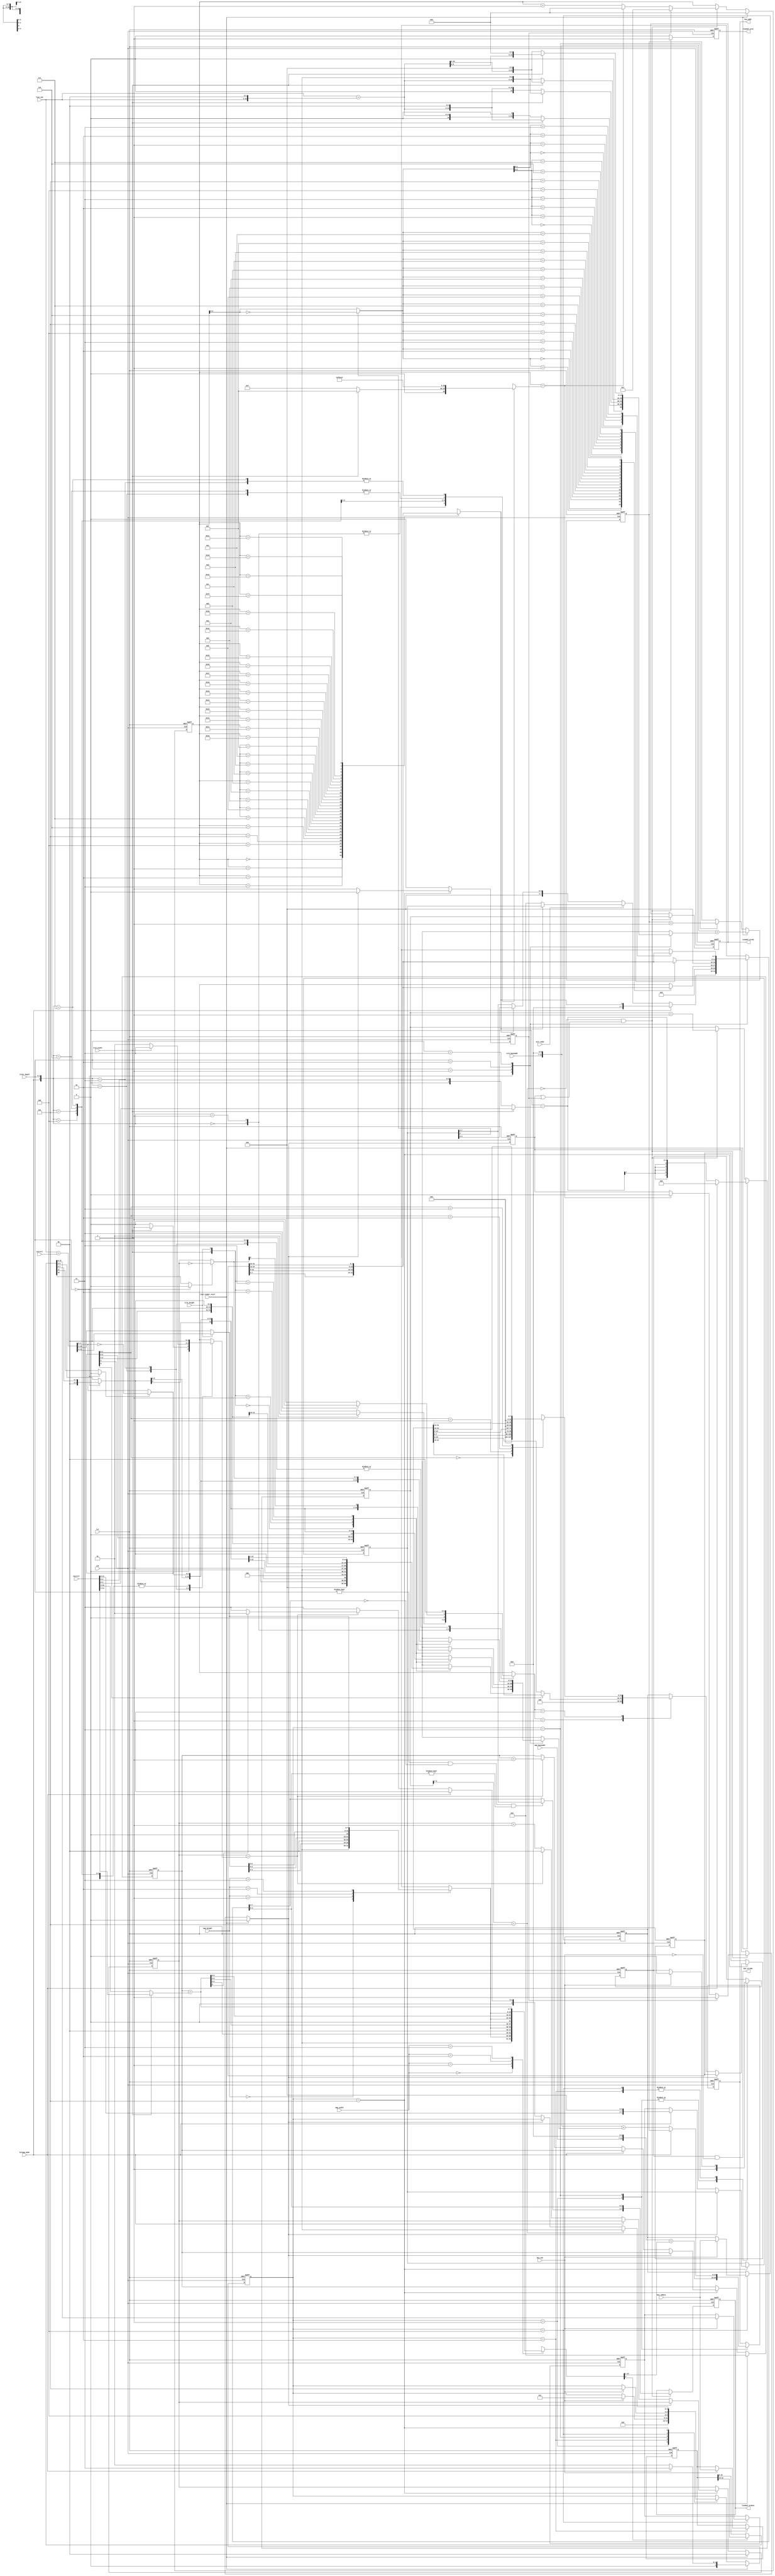
//`default_nettype none

module layer_renderer(
    input  wire        rst,
    input  wire        clk,

    // Composer interface
    input  wire  [8:0] line_idx,
    input  wire        line_render_start,

    // Register interface
    input  wire  [1:0] color_depth,
    input  wire        bitmap_mode,
    input  wire        attr_mode,       // 0:4-bit BG/FG color, 1:8-bit FG color
    input  wire        tile_height,
    input  wire        tile_width,
    input  wire  [1:0] map_height,
    input  wire  [1:0] map_width,
    input  wire  [7:0] map_baseaddr,
    input  wire  [7:0] tile_baseaddr,
    input  wire [11:0] hscroll,
    input  wire [11:0] vscroll,

    // Bus master interface
    output reg  [14:0] bus_addr,
    input  wire [31:0] bus_rddata,
    output wire        bus_strobe,
    input  wire        bus_ack,

    // Line buffer interface
    output reg   [9:0] linebuf_wridx,
    output reg   [7:0] linebuf_wrdata,
    output reg         linebuf_wren);

    //////////////////////////////////////////////////////////////////////////
    // Line renderer
    //////////////////////////////////////////////////////////////////////////

    wire [2:0] mode = {bitmap_mode, color_depth};

    // Decode pixels per word - 1 from mode
    reg [4:0] pixels_per_word_minus1;
    always @* case (mode)
        3'd0: pixels_per_word_minus1 = tile_width ? 5'd15 : 5'd7;  // 1bpp tile mode
        3'd1: pixels_per_word_minus1 = tile_width ? 5'd15 : 5'd7;  // 2bpp tile mode
        3'd2: pixels_per_word_minus1 = 5'd7;                       // 4bpp tile mode
        3'd3: pixels_per_word_minus1 = 5'd3;                       // 8bpp tile mode
        3'd4: pixels_per_word_minus1 = 5'd31;                      // 1bpp bitmap mode
        3'd5: pixels_per_word_minus1 = 5'd15;                      // 2bpp bitmap mode
        3'd6: pixels_per_word_minus1 = 5'd7;                       // 4bpp bitmap mode
        3'd7: pixels_per_word_minus1 = 5'd3;                       // 8bpp bitmap mode
    endcase

    // Decode lines per word - 1 from mode
    reg [1:0] lines_per_word_minus1;
    always @* case (mode)
        3'd0: lines_per_word_minus1 = tile_width ? 2'd1 : 2'd3;    // 1bpp tile mode
        3'd1: lines_per_word_minus1 = tile_width ? 2'd0 : 2'd1;    // 2bpp tile mode
        3'd2: lines_per_word_minus1 = 2'd0;                        // 4bpp tile mode
        3'd3: lines_per_word_minus1 = 2'd0;                        // 8bpp tile mode
        3'd4: lines_per_word_minus1 = 2'd0;                        // 1bpp bitmap mode
        3'd5: lines_per_word_minus1 = 2'd0;                        // 2bpp bitmap mode
        3'd6: lines_per_word_minus1 = 2'd0;                        // 4bpp bitmap mode
        3'd7: lines_per_word_minus1 = 2'd0;                        // 8bpp bitmap mode
    endcase

    // Decode words per tile line - 1 from mode
    reg [1:0] words_per_line_minus1;
    always @* case (mode)
        3'd0: words_per_line_minus1 = 2'd0;                        // 1bpp tile mode
        3'd1: words_per_line_minus1 = 2'd0;                        // 2bpp tile mode
        3'd2: words_per_line_minus1 = tile_width ? 2'd1: 2'd0;     // 4bpp tile mode
        3'd3: words_per_line_minus1 = tile_width ? 2'd3: 2'd1;     // 8bpp tile mode
        3'd4: words_per_line_minus1 = 2'd0;                        // 1bpp bitmap mode
        3'd5: words_per_line_minus1 = 2'd0;                        // 2bpp bitmap mode
        3'd6: words_per_line_minus1 = 2'd0;                        // 4bpp bitmap mode
        3'd7: words_per_line_minus1 = 2'd0;                        // 8bpp bitmap mode
    endcase

    // Handle vertical scrolling
    wire [11:0] scrolled_line_idx = {3'b000, line_idx} + vscroll;
    wire [7:0] vmap_idx = tile_height ? {scrolled_line_idx[11:4]} : scrolled_line_idx[10:3];

    reg [7:0] wrapped_vmap_idx;
    always @* case (map_height)
        2'd0: wrapped_vmap_idx = {3'b0, vmap_idx[4:0]}; // 32
        2'd1: wrapped_vmap_idx = {2'b0, vmap_idx[5:0]}; // 64
        2'd2: wrapped_vmap_idx = {1'b0, vmap_idx[6:0]}; // 128
        2'd3: wrapped_vmap_idx = {      vmap_idx[7:0]}; // 256
    endcase

    // Handle horizontal scrolling
    reg [7:0] htile_cnt_r;
    reg [1:0] word_cnt_r;

    wire [7:0] scrolled_htile_cnt = htile_cnt_r + (tile_width ? hscroll[11:4] : {hscroll[10:3]});

    reg [15:0] map_idx;
    always @* case (map_width)
        2'd0: map_idx = {3'b0, wrapped_vmap_idx, scrolled_htile_cnt[4:0]}; // 32
        2'd1: map_idx = {2'b0, wrapped_vmap_idx, scrolled_htile_cnt[5:0]}; // 64
        2'd2: map_idx = {1'b0, wrapped_vmap_idx, scrolled_htile_cnt[6:0]}; // 128
        2'd3: map_idx = {      wrapped_vmap_idx, scrolled_htile_cnt[7:0]}; // 256
    endcase

    // Calculate map address
    wire [14:0] map_addr = {map_baseaddr, 7'b0} + map_idx[15:1];

    // Data as fetched from memory
    reg  [31:0] map_data_r;

    // Select correct 16-bit map data from 32-bit bus data
    wire [15:0] cur_map_data = map_idx[0] ? map_data_r[31:16] : map_data_r[15:0];

    // Get tile index from map data (1bpp tile modes only have 8-bit tile index, other tile modes have 10-bit tile index)
    wire  [9:0] cur_tile_idx = (color_depth == 'd0) ? {2'b0, cur_map_data[7:0]} : cur_map_data[9:0];

    // Get V-flip / H-flip from map data
    wire        cur_tile_vflip = (color_depth == 'd0) ? 1'b0 : cur_map_data[11];
    wire        cur_tile_hflip = (color_depth == 'd0) ? 1'b0 : cur_map_data[10];

    // Handle V-flip / H-flip
    wire  [3:0] vflipped_line_idx = cur_tile_vflip ? ~scrolled_line_idx[3:0] : scrolled_line_idx[3:0];
    wire  [1:0] hflipped_word_cnt = cur_tile_hflip ? ~word_cnt_r : word_cnt_r;

    // Calculate tile address 1bpp
    wire [14:0] tile_addr_1bpp_8x8    = {4'b0, cur_tile_idx, vflipped_line_idx[2]};
    wire [14:0] tile_addr_1bpp_8x16   = {3'b0, cur_tile_idx, vflipped_line_idx[3:2]};
    wire [14:0] tile_addr_1bpp_16x8   = {3'b0, cur_tile_idx, vflipped_line_idx[2:1]};
    wire [14:0] tile_addr_1bpp_16x16  = {2'b0, cur_tile_idx, vflipped_line_idx[3:1]};
    reg [14:0] tile_addr_1bpp;
    always @* case ({tile_width, tile_height})
        2'b00: tile_addr_1bpp = tile_addr_1bpp_8x8;
        2'b01: tile_addr_1bpp = tile_addr_1bpp_8x16;
        2'b10: tile_addr_1bpp = tile_addr_1bpp_16x8;
        2'b11: tile_addr_1bpp = tile_addr_1bpp_16x16;
    endcase

    // Calculate tile address 2bpp
    wire [14:0] tile_addr_2bpp_8x8   = {3'b0, cur_tile_idx, vflipped_line_idx[2:1]};
    wire [14:0] tile_addr_2bpp_8x16  = {2'b0, cur_tile_idx, vflipped_line_idx[3:1]};
    wire [14:0] tile_addr_2bpp_16x8  = {2'b0, cur_tile_idx, vflipped_line_idx[2:0]};
    wire [14:0] tile_addr_2bpp_16x16 = {1'b0, cur_tile_idx, vflipped_line_idx[3:0]};
    reg [14:0] tile_addr_2bpp;
    always @* case ({tile_width, tile_height})
        2'b00: tile_addr_2bpp = tile_addr_2bpp_8x8;
        2'b01: tile_addr_2bpp = tile_addr_2bpp_8x16;
        2'b10: tile_addr_2bpp = tile_addr_2bpp_16x8;
        2'b11: tile_addr_2bpp = tile_addr_2bpp_16x16;
    endcase

    // Calculate tile address 4bpp
    wire [14:0] tile_addr_4bpp_8x8   = {2'b0, cur_tile_idx, vflipped_line_idx[2:0]};
    wire [14:0] tile_addr_4bpp_8x16  = {1'b0, cur_tile_idx, vflipped_line_idx[3:0]};
    wire [14:0] tile_addr_4bpp_16x8  = {1'b0, cur_tile_idx, vflipped_line_idx[2:0], hflipped_word_cnt[0]};
    wire [14:0] tile_addr_4bpp_16x16 = {      cur_tile_idx, vflipped_line_idx[3:0], hflipped_word_cnt[0]};
    reg  [14:0] tile_addr_4bpp;
    always @* case ({tile_width, tile_height})
        2'b00: tile_addr_4bpp = tile_addr_4bpp_8x8;
        2'b01: tile_addr_4bpp = tile_addr_4bpp_8x16;
        2'b10: tile_addr_4bpp = tile_addr_4bpp_16x8;
        2'b11: tile_addr_4bpp = tile_addr_4bpp_16x16;
    endcase

    // Calculate tile address 8bpp
    wire [14:0] tile_addr_8bpp_8x8   = {1'b0, cur_tile_idx, vflipped_line_idx[2:0], hflipped_word_cnt[0]};
    wire [14:0] tile_addr_8bpp_8x16  = {      cur_tile_idx, vflipped_line_idx[3:0], hflipped_word_cnt[0]};
    wire [14:0] tile_addr_8bpp_16x8  = {      cur_tile_idx, vflipped_line_idx[2:0], hflipped_word_cnt[1:0]};
    wire [14:0] tile_addr_8bpp_16x16 = { cur_tile_idx[8:0], vflipped_line_idx[3:0], hflipped_word_cnt[1:0]};
    reg  [14:0] tile_addr_8bpp;
    always @* case ({tile_width, tile_height})
        2'b00: tile_addr_8bpp = tile_addr_8bpp_8x8;
        2'b01: tile_addr_8bpp = tile_addr_8bpp_8x16;
        2'b10: tile_addr_8bpp = tile_addr_8bpp_16x8;
        2'b11: tile_addr_8bpp = tile_addr_8bpp_16x16;
    endcase

    // Select tile address based on color depth
    reg  [14:0] tile_addr_xbpp;
    always @* case (color_depth)
        2'd0: tile_addr_xbpp = tile_addr_1bpp;
        2'd1: tile_addr_xbpp = tile_addr_2bpp;
        2'd2: tile_addr_xbpp = tile_addr_4bpp;
        2'd3: tile_addr_xbpp = tile_addr_8bpp;
    endcase

    // Calculate actual tile address
    wire [14:0] tile_addr = {tile_baseaddr, 7'b0} + tile_addr_xbpp;

    // Calculate bitmap line address
    wire [11:0] line_idx_mul5 = {3'b0, line_idx} + {1'b0, line_idx, 2'b0};
    reg  [14:0] bm_line_addr_tmp;
    always @* case (color_depth)
        2'd0: bm_line_addr_tmp = tile_width ? {1'b0, line_idx_mul5, 2'b0} : {2'b0, line_idx_mul5, 1'b0}; // 1bpp
        2'd1: bm_line_addr_tmp = tile_width ? {      line_idx_mul5, 3'b0} : {1'b0, line_idx_mul5, 2'b0}; // 2bpp
        2'd2: bm_line_addr_tmp = tile_width ? {line_idx_mul5[10:0], 4'b0} : {      line_idx_mul5, 3'b0}; // 4bpp
        2'd3: bm_line_addr_tmp = tile_width ? {line_idx_mul5[9:0],  5'b0} : {line_idx_mul5[10:0], 4'b0}; // 8bpp
    endcase
    wire [14:0] bitmap_line_addr = {tile_baseaddr, 7'b0} + bm_line_addr_tmp;

    // Generate bus strobe
    reg bus_strobe_r;
    assign bus_strobe = bus_strobe_r && !bus_ack;

    // Line renderer state machine states
    reg [2:0] state_r;
    parameter
        WAIT_START      = 3'b000,
        FETCH_MAP       = 3'b001,
        WAIT_FETCH_MAP  = 3'b010,
        FETCH_TILE      = 3'b011,
        WAIT_FETCH_TILE = 3'b100,
        RENDER          = 3'b101;

    // Various registers used by state machine
    reg [31:0] tile_data_r, render_data_r;
    reg [14:0] bitmap_addr_r;
    reg  [7:0] next_render_mapdata_r;
    reg  [7:0] render_mapdata_r;
    reg        render_start;
    wire       render_busy;
    wire       line_done;

    always @(posedge clk or posedge rst) begin
        if (rst) begin
            state_r            <= WAIT_START;

            bus_addr           <= 0;
            bus_strobe_r       <= 0;

            htile_cnt_r        <= 0;
            word_cnt_r         <= 0;

            bitmap_addr_r      <= 0;

            tile_data_r           <= 0;
            render_start          <= 0;
            render_mapdata_r      <= 0;
            render_data_r         <= 0;
            next_render_mapdata_r <= 0;
            map_data_r            <= 0;

        end else begin
            render_start <= 0;

            case (state_r)
                WAIT_START: begin
                end

                FETCH_MAP: begin
                    bus_addr     <= map_addr;
                    bus_strobe_r <= 1;
                    state_r      <= WAIT_FETCH_MAP;
                end

                WAIT_FETCH_MAP: begin
                    if (bus_ack) begin
                        map_data_r   <= bus_rddata;
                        bus_strobe_r <= 0;
                        state_r      <= FETCH_TILE;
                    end
                end

                FETCH_TILE: begin
                    bus_addr      <= bitmap_mode ? bitmap_addr_r : tile_addr;
                    bitmap_addr_r <= bitmap_addr_r + 15'd1;
                    bus_strobe_r  <= 1;
                    state_r       <= WAIT_FETCH_TILE;
                end

                WAIT_FETCH_TILE: begin
                    if (bus_ack) begin
                        tile_data_r           <= bus_rddata;
                        bus_strobe_r          <= 0;
                        next_render_mapdata_r <= cur_map_data[15:8];
                        state_r               <= RENDER;
                    end
                end

                RENDER: begin
                    if (!render_busy) begin
                        case (lines_per_word_minus1)
                            2'd1: render_data_r <= {16'b0, vflipped_line_idx[0] ? tile_data_r[31:16] : tile_data_r[15:0]};
                            2'd3: case (vflipped_line_idx[1:0])
                                2'd0: render_data_r <= {24'b0, tile_data_r[7:0]};
                                2'd1: render_data_r <= {24'b0, tile_data_r[15:8]};
                                2'd2: render_data_r <= {24'b0, tile_data_r[23:16]};
                                2'd3: render_data_r <= {24'b0, tile_data_r[31:24]};
                            endcase

                            default: render_data_r <= tile_data_r;
                        endcase

                        render_mapdata_r <= bitmap_mode ? {hscroll[11:8], 4'b0} : next_render_mapdata_r;
                        render_start     <= 1;

                        if (bitmap_mode) begin
                            state_r <= FETCH_TILE;
                        end else begin
                            if (word_cnt_r == words_per_line_minus1) begin
                                word_cnt_r <= 0;
                                htile_cnt_r <= htile_cnt_r + 8'd1;

                                // Two map entries per word
                                state_r <= scrolled_htile_cnt[0] ? FETCH_MAP : FETCH_TILE;
                            end else begin
                                word_cnt_r <= word_cnt_r + 2'd1;
                                state_r <= FETCH_TILE;
                            end
                        end
                    end

                    if (line_done) begin
                        state_r <= WAIT_START;
                    end
                end
            endcase

            if (line_render_start) begin
                state_r         <= bitmap_mode ? FETCH_TILE : FETCH_MAP;
                htile_cnt_r     <= 0;
                word_cnt_r      <= 0;

                bitmap_addr_r   <= bitmap_line_addr;
            end
        end
    end

    //////////////////////////////////////////////////////////////////////////
    // Pixel renderer
    //////////////////////////////////////////////////////////////////////////
    reg [4:0] xcnt_r, xcnt_next;

    wire [3:0] hflipped_xcnt = render_mapdata_r[2] ? ~xcnt_r[3:0] : xcnt_r[3:0];

    // Select current pixel for 1bpp modes
    reg cur_pixel_data_1bpp;
    always @* case (xcnt_r)
        // Byte 0
        5'd0:  cur_pixel_data_1bpp = render_data_r[7];
        5'd1:  cur_pixel_data_1bpp = render_data_r[6];
        5'd2:  cur_pixel_data_1bpp = render_data_r[5];
        5'd3:  cur_pixel_data_1bpp = render_data_r[4];
        5'd4:  cur_pixel_data_1bpp = render_data_r[3];
        5'd5:  cur_pixel_data_1bpp = render_data_r[2];
        5'd6:  cur_pixel_data_1bpp = render_data_r[1];
        5'd7:  cur_pixel_data_1bpp = render_data_r[0];

        // Byte 1
        5'd8:  cur_pixel_data_1bpp = render_data_r[15];
        5'd9:  cur_pixel_data_1bpp = render_data_r[14];
        5'd10: cur_pixel_data_1bpp = render_data_r[13];
        5'd11: cur_pixel_data_1bpp = render_data_r[12];
        5'd12: cur_pixel_data_1bpp = render_data_r[11];
        5'd13: cur_pixel_data_1bpp = render_data_r[10];
        5'd14: cur_pixel_data_1bpp = render_data_r[9];
        5'd15: cur_pixel_data_1bpp = render_data_r[8];

        // Byte 2
        5'd16: cur_pixel_data_1bpp = render_data_r[23];
        5'd17: cur_pixel_data_1bpp = render_data_r[22];
        5'd18: cur_pixel_data_1bpp = render_data_r[21];
        5'd19: cur_pixel_data_1bpp = render_data_r[20];
        5'd20: cur_pixel_data_1bpp = render_data_r[19];
        5'd21: cur_pixel_data_1bpp = render_data_r[18];
        5'd22: cur_pixel_data_1bpp = render_data_r[17];
        5'd23: cur_pixel_data_1bpp = render_data_r[16];

        // Byte 3
        5'd24: cur_pixel_data_1bpp = render_data_r[31];
        5'd25: cur_pixel_data_1bpp = render_data_r[30];
        5'd26: cur_pixel_data_1bpp = render_data_r[29];
        5'd27: cur_pixel_data_1bpp = render_data_r[28];
        5'd28: cur_pixel_data_1bpp = render_data_r[27];
        5'd29: cur_pixel_data_1bpp = render_data_r[26];
        5'd30: cur_pixel_data_1bpp = render_data_r[25];
        5'd31: cur_pixel_data_1bpp = render_data_r[24];
    endcase

    // Select current pixel for 2bpp modes
    reg [1:0] cur_pixel_data_2bpp;
    always @* case (hflipped_xcnt[3:0])
        // Byte 0
        4'd0:  cur_pixel_data_2bpp = render_data_r[7:6];
        4'd1:  cur_pixel_data_2bpp = render_data_r[5:4];
        4'd2:  cur_pixel_data_2bpp = render_data_r[3:2];
        4'd3:  cur_pixel_data_2bpp = render_data_r[1:0];

        // Byte 1
        4'd4:  cur_pixel_data_2bpp = render_data_r[15:14];
        4'd5:  cur_pixel_data_2bpp = render_data_r[13:12];
        4'd6:  cur_pixel_data_2bpp = render_data_r[11:10];
        4'd7:  cur_pixel_data_2bpp = render_data_r[9:8];

        // Byte 2
        4'd8:  cur_pixel_data_2bpp = render_data_r[23:22];
        4'd9:  cur_pixel_data_2bpp = render_data_r[21:20];
        4'd10: cur_pixel_data_2bpp = render_data_r[19:18];
        4'd11: cur_pixel_data_2bpp = render_data_r[17:16];

        // Byte 3
        4'd12: cur_pixel_data_2bpp = render_data_r[31:30];
        4'd13: cur_pixel_data_2bpp = render_data_r[29:28];
        4'd14: cur_pixel_data_2bpp = render_data_r[27:26];
        4'd15: cur_pixel_data_2bpp = render_data_r[25:24];
    endcase

    // Select current pixel for 4bpp modes
    reg [3:0] cur_pixel_data_4bpp;
    always @* case (hflipped_xcnt[2:0])
        // Byte 0
        3'd0: cur_pixel_data_4bpp = render_data_r[7:4];
        3'd1: cur_pixel_data_4bpp = render_data_r[3:0];

        // Byte 1
        3'd2: cur_pixel_data_4bpp = render_data_r[15:12];
        3'd3: cur_pixel_data_4bpp = render_data_r[11:8];

        // Byte 2
        3'd4: cur_pixel_data_4bpp = render_data_r[23:20];
        3'd5: cur_pixel_data_4bpp = render_data_r[19:16];

        // Byte 3
        3'd6: cur_pixel_data_4bpp = render_data_r[31:28];
        3'd7: cur_pixel_data_4bpp = render_data_r[27:24];
    endcase

    // Select current pixel for 8bpp modes
    reg [7:0] cur_pixel_data_8bpp;
    always @* case (hflipped_xcnt[1:0])
        // Byte 0
        3'd0: cur_pixel_data_8bpp = render_data_r[7:0];

        // Byte 1
        3'd1: cur_pixel_data_8bpp = render_data_r[15:8];

        // Byte 2
        3'd2: cur_pixel_data_8bpp = render_data_r[23:16];

        // Byte 3
        3'd3: cur_pixel_data_8bpp = render_data_r[31:24];
    endcase

    // Select current pixel based on current color depth
    reg [7:0] tmp_pixel_color;
    always @* case (color_depth)
        // 1bpp
        2'd0: begin
            if (bitmap_mode) begin
                tmp_pixel_color = {7'b0, cur_pixel_data_1bpp};

            end else begin
                if (!attr_mode) begin
                    // 16 color fg/bg mode
                    tmp_pixel_color = cur_pixel_data_1bpp ? {4'b0, render_mapdata_r[3:0]} : {4'b0, render_mapdata_r[7:4]};
                end else begin
                    // 256 color fg mode, fixed bg color 0
                    tmp_pixel_color = cur_pixel_data_1bpp ? render_mapdata_r[7:0] : 8'd0;
                end
            end
        end

        // 2bpp
        2'd1: tmp_pixel_color = {6'b0, cur_pixel_data_2bpp};

        // 4bpp
        2'd2: tmp_pixel_color = {4'b0, cur_pixel_data_4bpp};

        // 8bpp
        2'd3: tmp_pixel_color = cur_pixel_data_8bpp;
    endcase

    // Apply palette offset
    reg [7:0] cur_pixel_color;
    always @* begin
        cur_pixel_color[3:0] = tmp_pixel_color[3:0];
        if (color_depth != 0 && tmp_pixel_color[7:4] == 0 && tmp_pixel_color[3:0] != 0) begin
            cur_pixel_color[7:4] = render_mapdata_r[7:4];
        end else begin
            cur_pixel_color[7:4] = tmp_pixel_color[7:4];
        end
    end

    reg [9:0] lb_wridx_r;
    assign line_done = lb_wridx_r[9:7] == 3'b101;

    reg [9:0] linebuf_wridx_next;
    reg [7:0] linebuf_wrdata_next;
    reg       linebuf_wren_next;

    reg [9:0] lb_wridx_next;

    // -----------------------------------------------------------------------
    // The start position of the rendering in the line buffer depends on the
    // horizontal scroll position and the selected horizontal pixel scaling.
    wire [3:0] subtile_hscroll = tile_width ? hscroll[3:0] : hscroll[2:0];

    wire [9:0] lb_wridx_start = 10'd0 - subtile_hscroll;
    // -----------------------------------------------------------------------


    reg render_busy_r, render_busy_next;
    assign render_busy = render_busy_next;

    always @* begin
        xcnt_next           = xcnt_r;
        linebuf_wridx_next  = linebuf_wridx;
        linebuf_wrdata_next = linebuf_wrdata;
        linebuf_wren_next   = 0;
        lb_wridx_next       = lb_wridx_r;

        render_busy_next    = render_busy_r;

        if (!line_done && (render_busy_r || render_start)) begin
            if (xcnt_r == pixels_per_word_minus1) begin
                render_busy_next = 0;
                xcnt_next = 0;
            end else begin
                xcnt_next = xcnt_r + 5'd1;
            end

            if (render_start) begin
                xcnt_next = 'd1;
                render_busy_next = 1;
            end

            linebuf_wridx_next  = lb_wridx_r;
            linebuf_wrdata_next = cur_pixel_color;
            linebuf_wren_next   = 1;

            lb_wridx_next = lb_wridx_r + 10'd1;
        end

        if (line_render_start) begin
            xcnt_next = 0;
            render_busy_next = 0;

            // Handle sub-tile horizontal scrolling
            lb_wridx_next = bitmap_mode ? 10'd0 : lb_wridx_start;
        end
    end

    always @(posedge clk or posedge rst) begin
        if (rst) begin
            xcnt_r          <= 0;
            linebuf_wridx   <= 0;
            linebuf_wrdata  <= 0;
            linebuf_wren    <= 0;
            lb_wridx_r      <= 0;
            render_busy_r   <= 0;

        end else begin
            xcnt_r          <= xcnt_next;
            linebuf_wridx   <= linebuf_wridx_next;
            linebuf_wrdata  <= linebuf_wrdata_next;
            linebuf_wren    <= linebuf_wren_next;
            lb_wridx_r      <= lb_wridx_next;
            render_busy_r   <= render_busy_next;
        end
    end

endmodule